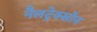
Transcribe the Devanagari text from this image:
नैलट्रेक्सॉन